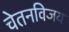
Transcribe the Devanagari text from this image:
चेतनविजय